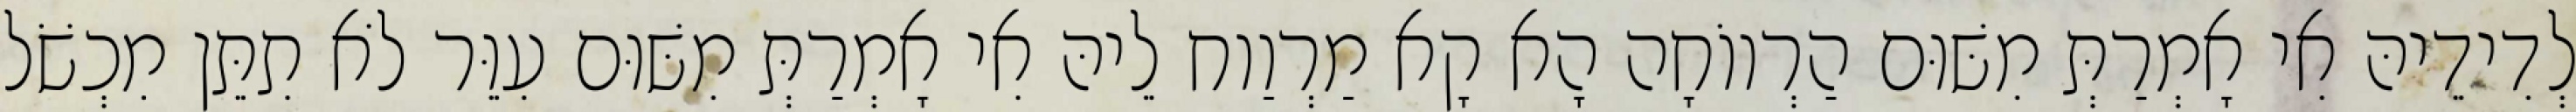
לְדִידֵיהּ אִי אָמְרַתְּ מִשּׁוּם הַרְווֹחָה הָא קָא מַרְוַוח לֵיהּ אִי אָמְרַתְּ מִשּׁוּם עִוֵּר לֹא תִתֵּן מִכְשֹׁל